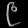
Digit: ၉